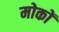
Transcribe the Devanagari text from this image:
मोकों